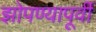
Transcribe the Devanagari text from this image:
झोपण्यापूर्वी